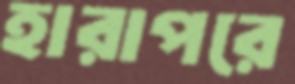
হারাপরে